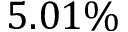
5 . 0 1 \%